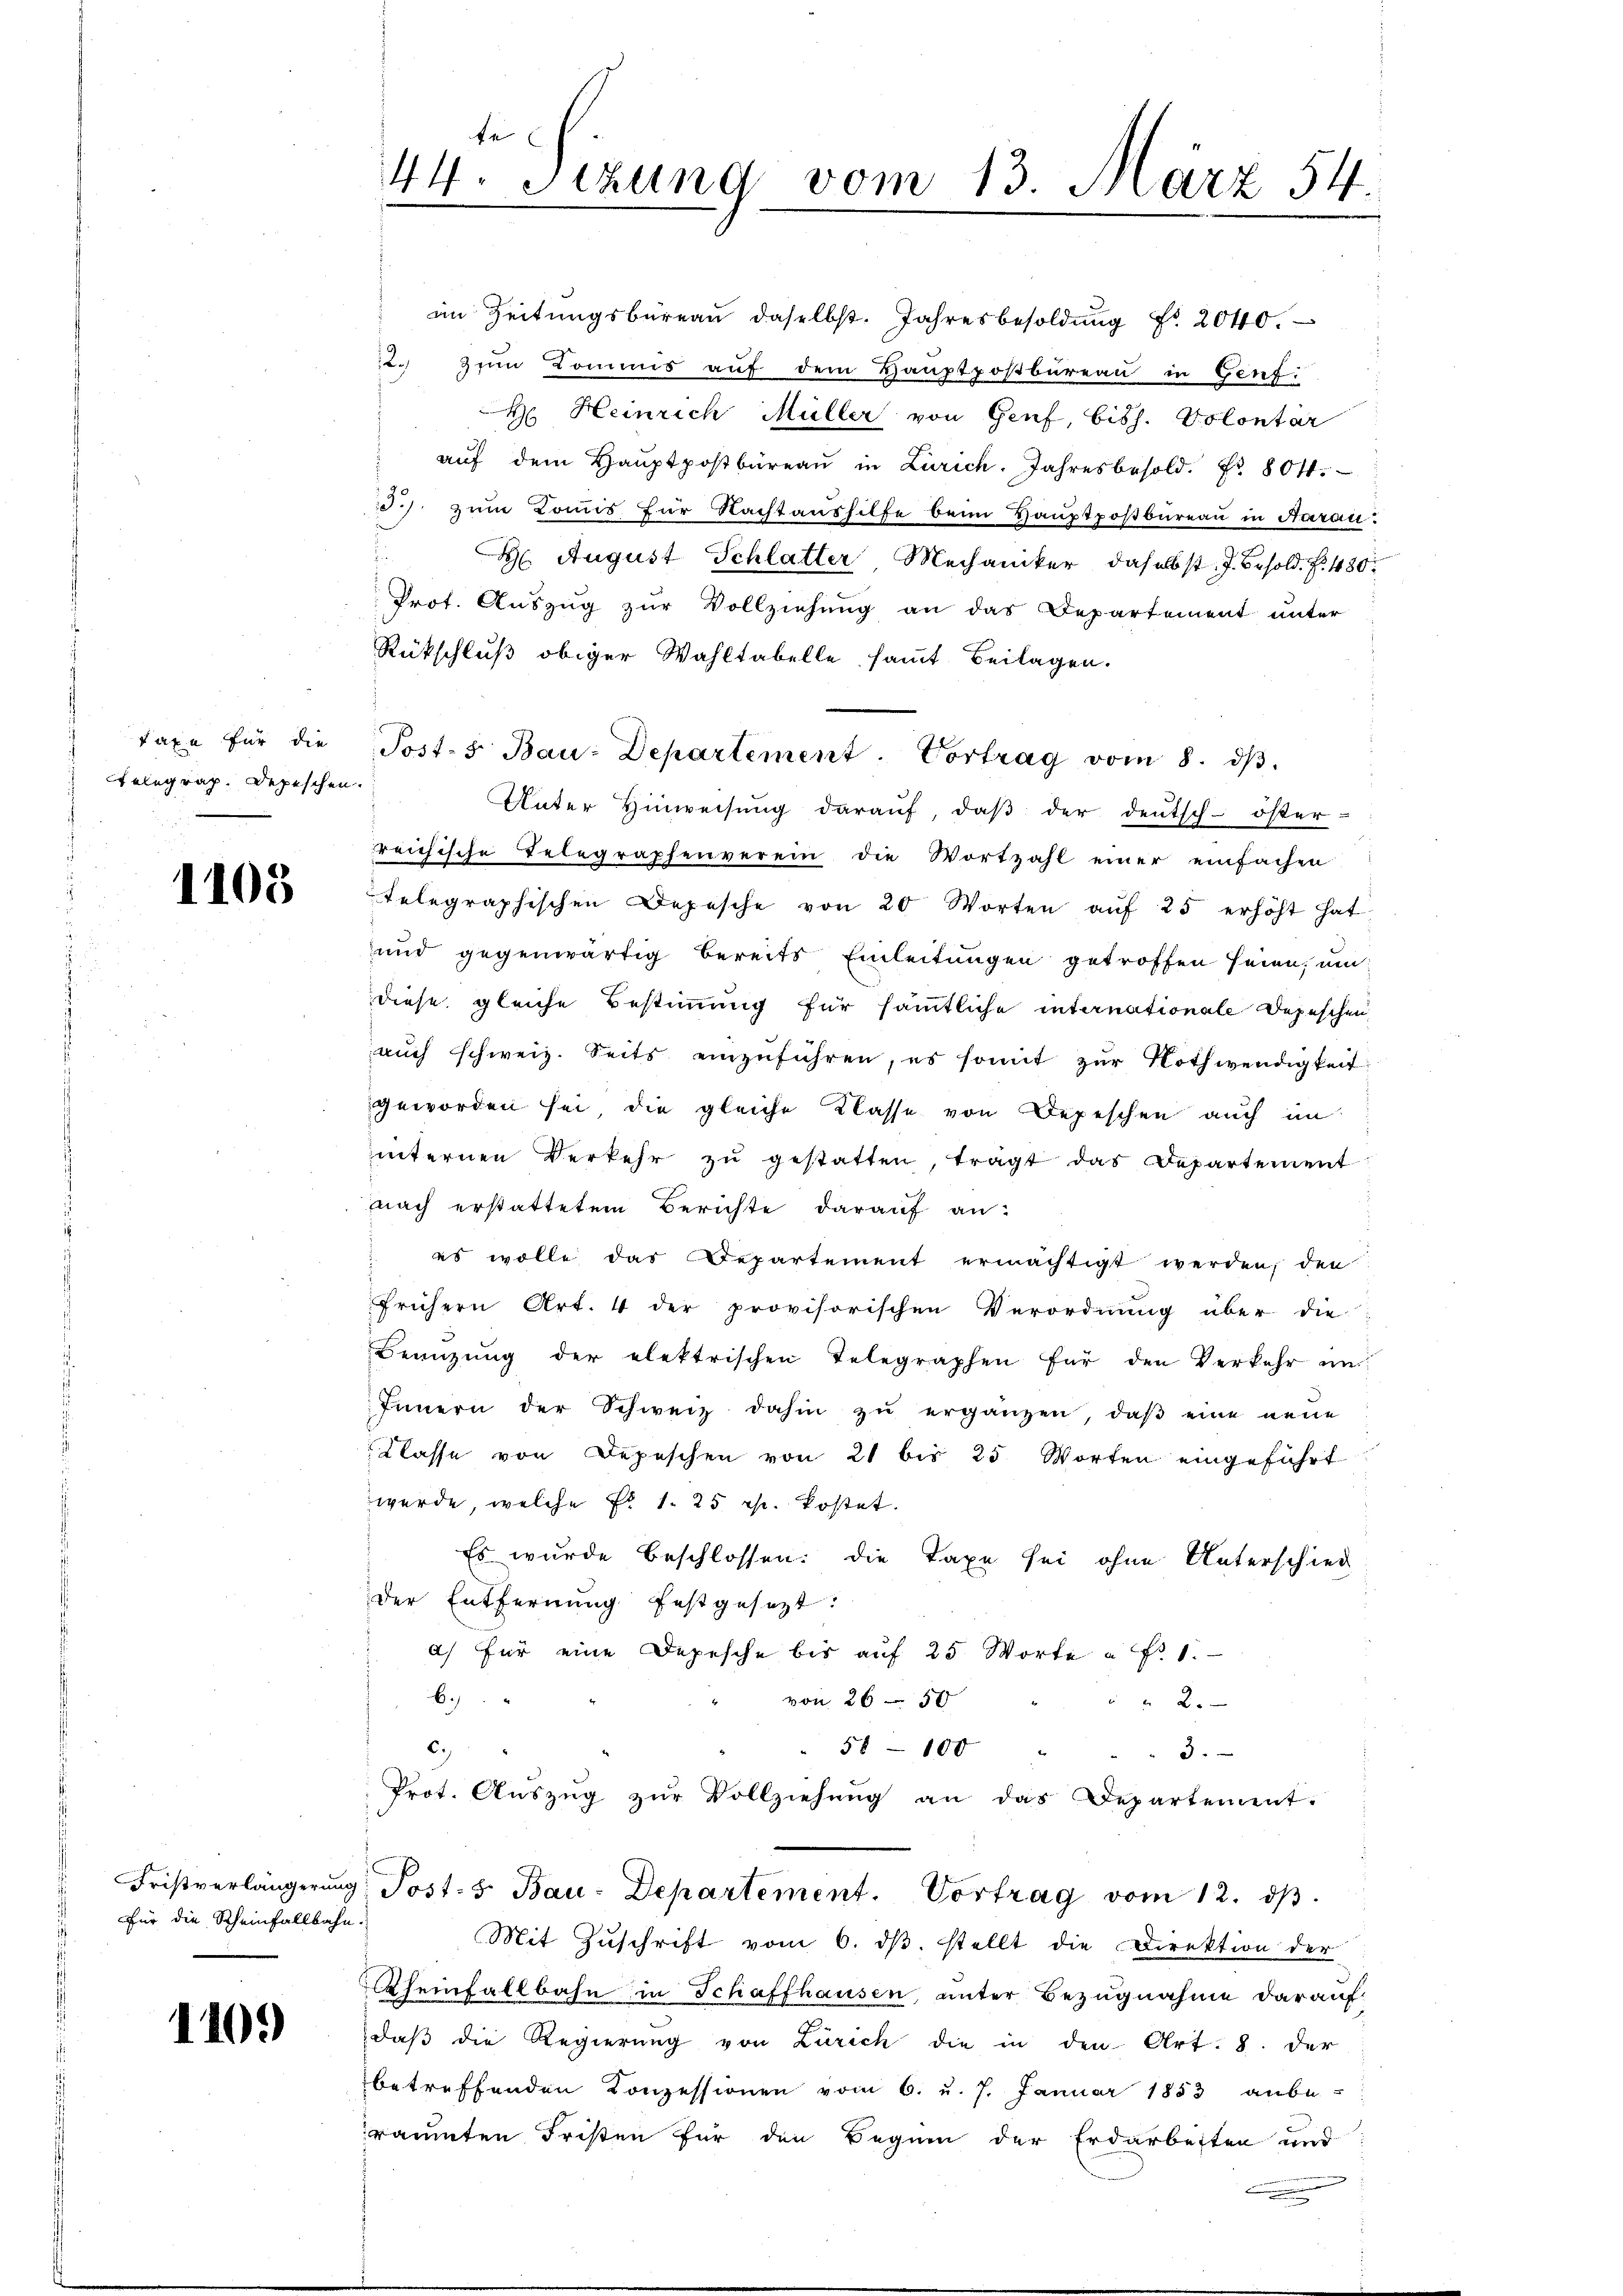
Taxe für die
telegrap. Depeschen.

1105

Für die Scheinfallbahn.

110.

te
44. Stzung vom 13. März 54.

im Zeitungsbüreau daselbst. Jahresbesoldung Fr. 2040.
22. Zum Kommis auf dem Hauptpostbureau in Genf.
 Heinrich Müller von Genf, biss. Volontär
aŭf dem Haŭptpostbüreaŭ in Zürich. Jahresbesold. Nr. 80 f.
30.) zum Tonis für Nachtaushilfe beim Hauptpostbureau in Aarau
d
H August Schlatter Mechaniker, daselbst. J. Besold. . 480.
Prot. Auszug zur Vollziehung an das Departement unter
Rückschluß obiger Wahltabelle sammt Beilagen.
Unter Hinweisŭng daraŭf, daβ der deutsch-öster
reichische Telegraphenverein die Wortzahl einer einfachen
telegraphischen Depesche von 20 Worten aŭf 25 erhöht hat
und gegenwärtig bereits Einleitungen getroffen seien, um
diese gleiche Bestimmung für sämmtliche internationale Depeschen
aŭch schweiz. Seits einzŭführen, es somit zŭr Nothwendigkeit
geworden sei, die gleiche Klasse von Depeschen auch im
internen Verkehr zŭ gestatten, trägt das Departement
nach erstattetem Berichte darauf an-
es wolle das Departement ermächtigt werden, den
frühern Art. 4 der provisorischen Verordnung über die
Beizŭng der elektrischen Telegraphen für den Verkehr un
Innern der Schweiz dahin zŭ ergänzen, daβ eine neue
Klasse von Depeschen von 21 bis 25 Worten eingeführt
wurde, welche Fr. 1. 25 r. kostet.
Es wurde beschlossen: die Taxe sei ohne Unterschied
der Entfernŭng festgesezt:
a) für eine Depesche bis auf 25 Worte à Fr. 1.
6.)
von 265 " " " 2.
c.)
58 - 100
3.
Prot. Aŭszŭg zŭr Vollziehŭng an das Departement.
Fristverlängerung Post- 5. Bau-Departement. Vortrag vom 12. dβ.
Mit Zuschrift vom 6. dβ stellt die Direktion der
Rheinfallbahn in Schaffhausen, unter Bezugnahme darauf
daß die Regierung von Zürich die in den Art. 8. der
betreffenden Konzessionen vom 6. u. 7. Januar 1853 anbe-
räumten Fristen für den Beginn der Erdarbeiten und
n

Post- 5. Bau-Departement. Vortrag vom 8. dβ.